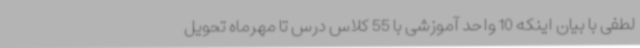
لطفی با بیان اینکه 10 واحد آموزشی با 55 کلاس درس تا مهرماه تحویل